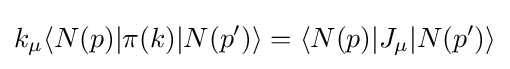
k_{\mu }\langle N(p)|\pi (k)|N(p')\rangle =\langle N(p)|J_{\mu }|N(p')\rangle